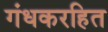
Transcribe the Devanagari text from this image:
गंधकरहित